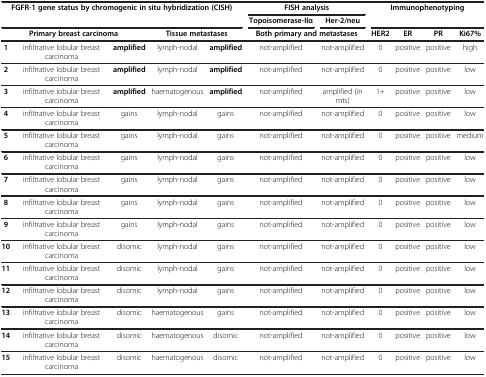
<table><thead><tr><td colspan="5" rowspan="2"><b>FGFR-1 gene status by chromogenic in situ hybridization (CISH)</b></td><td colspan="2"><b>FISH analysis</b></td><td colspan="4" rowspan="2"><b>Immunophenotyping</b></td></tr><tr><td><b>Topoisomerase-IIα</b></td><td><b>Her-2/neu</b></td></tr><tr><td colspan="3"><b>Primary breast carcinoma</b></td><td colspan="2"><b>Tissue metastases</b></td><td colspan="2"><b>Both primary and metastases</b></td><td><b>HER2</b></td><td><b>ER</b></td><td><b>PR</b></td><td><b>Ki67%</b></td></tr></thead><tbody><tr><td><b>1</b></td><td>infiltrative lobular breast carcinoma</td><td><b>amplified</b></td><td>lymph-nodal</td><td><b>amplified</b></td><td>not-amplified</td><td>not-amplified</td><td>0</td><td>positive</td><td>positive</td><td>high</td></tr><tr><td><b>2</b></td><td>infiltrative lobular breast carcinoma</td><td><b>amplified</b></td><td>lymph-nodal</td><td><b>amplified</b></td><td>not-amplified</td><td>not-amplified</td><td>0</td><td>positive</td><td>positive</td><td>low</td></tr><tr><td><b>3</b></td><td>infiltrative lobular breast carcinoma</td><td><b>amplified</b></td><td>haematogenous</td><td><b>amplified</b></td><td>not-amplified</td><td>amplified (in mts)</td><td>1+</td><td>positive</td><td>positive</td><td>low</td></tr><tr><td><b>4</b></td><td>infiltrative lobular breast carcinoma</td><td>gains</td><td>lymph-nodal</td><td>gains</td><td>not-amplified</td><td>not-amplified</td><td>0</td><td>positive</td><td>positive</td><td>low</td></tr><tr><td><b>5</b></td><td>infiltrative lobular breast carcinoma</td><td>gains</td><td>lymph-nodal</td><td>gains</td><td>not-amplified</td><td>not-amplified</td><td>0</td><td>positive</td><td>positive</td><td>medium</td></tr><tr><td><b>6</b></td><td>infiltrative lobular breast carcinoma</td><td>gains</td><td>lymph-nodal</td><td>gains</td><td>not-amplified</td><td>not-amplified</td><td>0</td><td>positive</td><td>positive</td><td>low</td></tr><tr><td><b>7</b></td><td>infiltrative lobular breast carcinoma</td><td>gains</td><td>lymph-nodal</td><td>gains</td><td>not-amplified</td><td>not-amplified</td><td>0</td><td>positive</td><td>positive</td><td>low</td></tr><tr><td><b>8</b></td><td>infiltrative lobular breast carcinoma</td><td>gains</td><td>lymph-nodal</td><td>gains</td><td>not-amplified</td><td>not-amplified</td><td>0</td><td>positive</td><td>positive</td><td>low</td></tr><tr><td><b>9</b></td><td>infiltrative lobular breast carcinoma</td><td>gains</td><td>lymph-nodal</td><td>gains</td><td>not-amplified</td><td>not-amplified</td><td>0</td><td>positive</td><td>positive</td><td>low</td></tr><tr><td><b>10</b></td><td>infiltrative lobular breast carcinoma</td><td>disomic</td><td>lymph-nodal</td><td>gains</td><td>not-amplified</td><td>not-amplified</td><td>0</td><td>positive</td><td>positive</td><td>low</td></tr><tr><td><b>11</b></td><td>infiltrative lobular breast carcinoma</td><td>disomic</td><td>lymph-nodal</td><td>gains</td><td>not-amplified</td><td>not-amplified</td><td>0</td><td>positive</td><td>positive</td><td>low</td></tr><tr><td><b>12</b></td><td>infiltrative lobular breast carcinoma</td><td>disomic</td><td>lymph-nodal</td><td>gains</td><td>not-amplified</td><td>not-amplified</td><td>0</td><td>positive</td><td>positive</td><td>low</td></tr><tr><td><b>13</b></td><td>infiltrative lobular breast carcinoma</td><td>disomic</td><td>haematogenous</td><td>gains</td><td>not-amplified</td><td>not-amplified</td><td>0</td><td>positive</td><td>positive</td><td>low</td></tr><tr><td><b>14</b></td><td>infiltrative lobular breast carcinoma</td><td>disomic</td><td>haematogenous</td><td>disomic</td><td>not-amplified</td><td>not-amplified</td><td>0</td><td>positive</td><td>positive</td><td>low</td></tr><tr><td><b>15</b></td><td>infiltrative lobular breast carcinoma</td><td>disomic</td><td>haematogenous</td><td>disomic</td><td>not-amplified</td><td>not-amplified</td><td>0</td><td>positive</td><td>positive</td><td>low</td></tr></tbody></table>